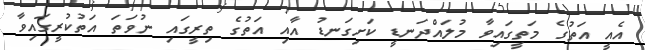
އެއީ އަތުގެ މަތީގައިވާ މުލައްދަނޑީ ކަށިގަނޑު އާއި އަތުގެ ތިރީގައި ނުވަތަ އަތުކުރީގައިވާ